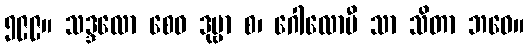
၅၉၉။ သဒ္ဒလော စေဝ ဒုဗ္ဗာ စ၊ ဂေါလောမီ သာ သိတာ ဘဝေ။